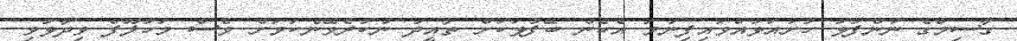
ގާސިމްގެ ނަންފުޅު ހުށައަޅުއްވައިފިނަމަ އެހެން ބޭފުޅަކަށް ތާއީދު ނުކުރެވޭނެކަމަށް ވެސް މަހުލޫފް ވިދާޅުވި